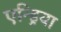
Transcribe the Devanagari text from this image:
एन्ड्रिया